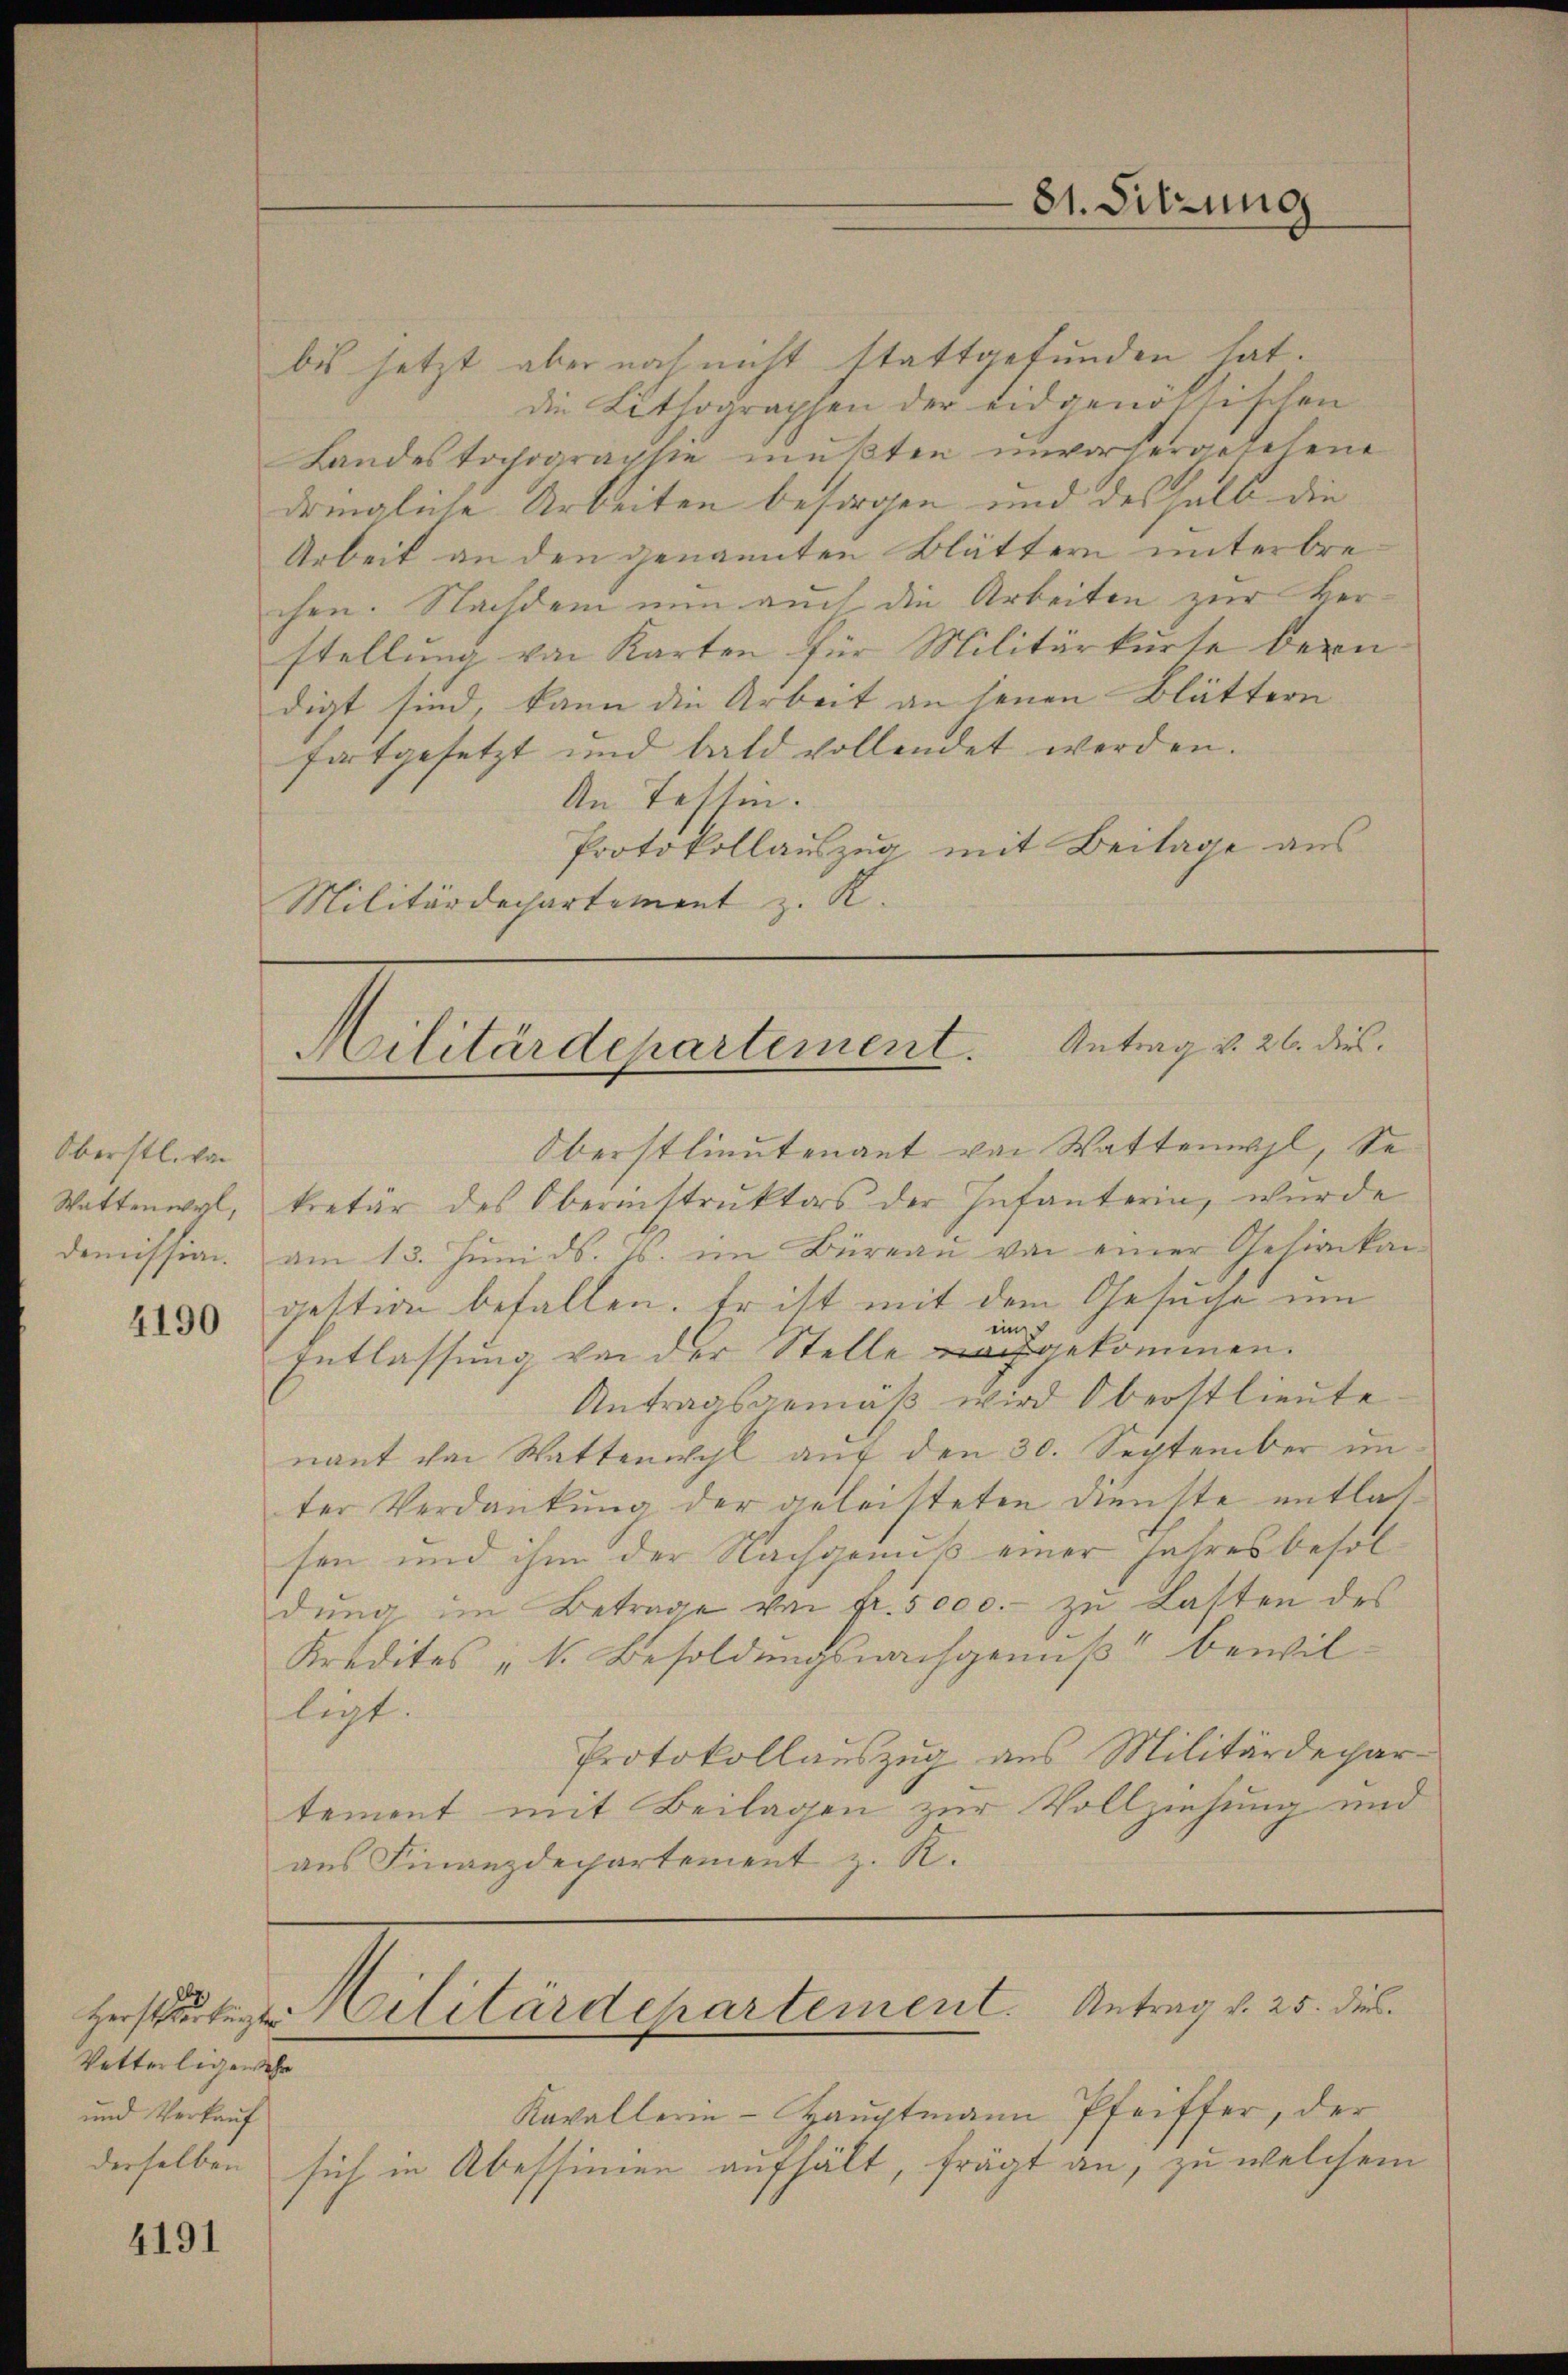
Oberstl. von
Wattenwyl,
demission.

4190

Hersterkungen
Vetterligen sehr
und Verkauf

4191

bis jetzt aber noch nicht stattgefunden hat.
die Lithographen der eidgenössischen
Landestochographie mußten unvorderartetene
dringliche Arbeiten besorgen und deshalb die
Arbeit an den genannten Blättern unterbrechen. Nachdem nun auch die Arbeiten zur Verstellung von Karten für Militärkurse bein
digt sind, kann die Arbeit an jenen Blättern
fortgesetzt und bald vollendet werden.
An Tessin.
Protokollauszug mit Beilage aus
Militärdechartement z. K.

81. Sitzung

Militärdepartement. Antrag v. 26. dies

Oberstlieutenant von Wattenwyl, Se
kretär des Oberinstruktors der Infanterin, wurde
am 13. Jŭni d. Js. im Büreaŭ von einer Gelinikan
gestion befallen. Er ist mit dem Gesuche um
ein
Entlassung von der Stelle nachgekommen.
Antragsgemäß wird Oberstlieute
nant ihm Wattenwohl auf den 30. September in
ter Verdankung der geleisteten Dienste entlassen und ihm der Nachgenuß einer Jahres besoldŭng im Betrage von Fr. 5000.- zŭ Lasten des
Kredites „k. Besoldungsnachgenuß bewilligt. |
Protokollauszug aus Militärdepar-
tement mit Beilagen zur Vollziehung und
aus Finanzdepartement z. R.

Kavallerin - Hauptmann Pfeiffer, der
derselben sich in Abessinen aufhält, frägt an, zu welchem

Hilitärdepartement. Antrag v. 25. dies